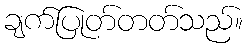
ချက်ပြုတ်တတ်သည်။